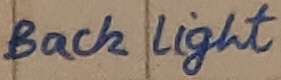
Text: Back Light